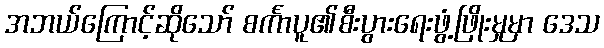
အဘယ်ကြောင့်ဆိုသော် စင်္ကာပူ၏စီးပွားရေးဖွံ့ဖြိုးမှုမှာ ဒေသ